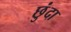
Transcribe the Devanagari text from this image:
छुंदा